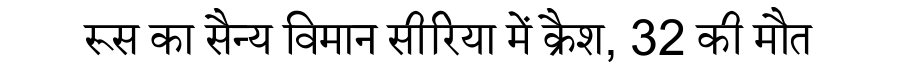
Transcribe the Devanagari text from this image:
रूस का सैन्य विमान सीरिया में क्रैश, 32 की मौत